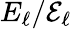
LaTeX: E_{\ell}/\mathcal{E}_{\ell}